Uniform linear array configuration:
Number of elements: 12
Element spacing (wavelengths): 0.25
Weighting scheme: uniform
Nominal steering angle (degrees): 15
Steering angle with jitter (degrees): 13.881
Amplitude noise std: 0.05
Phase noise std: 0.05

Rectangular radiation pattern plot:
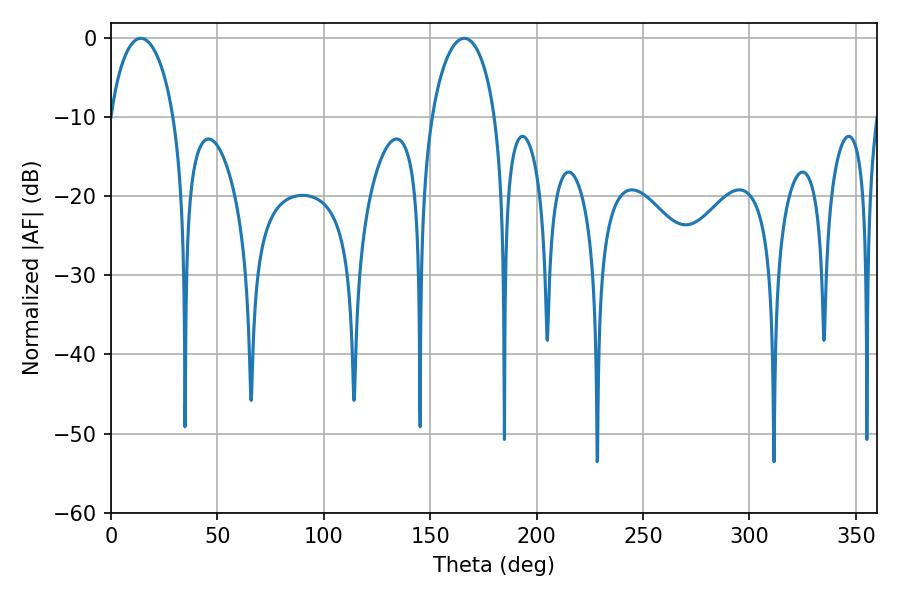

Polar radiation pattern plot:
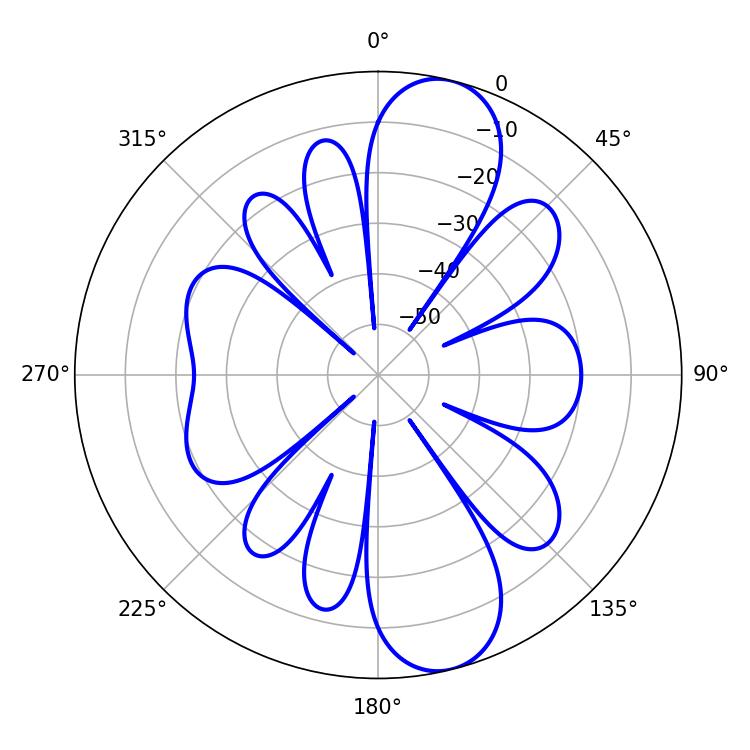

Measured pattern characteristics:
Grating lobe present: FALSE
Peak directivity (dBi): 11.044
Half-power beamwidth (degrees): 17.1
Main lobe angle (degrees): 14.04